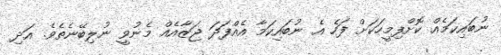
ނުބައިކަމެއް ކޮށްފިމީހަކަށް ފަހެ އެ ނުބައިކަމާ އެއްފަދަ ޖަޒާއެއް މެނުވީ ނުލިބޭނެތެވެ. އަދި